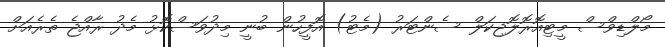
މޯލްޑިވްސް މީޓިއޮރޮލޮޖިކަލް ސެންޓަރު (މެޓު) އޮފީހުން ބުނީ މިދުވަސްކޮޅު މެދު ރާއްޖެ ތެރެއަށް